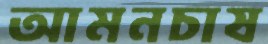
আমনচাষ